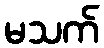
မသက်